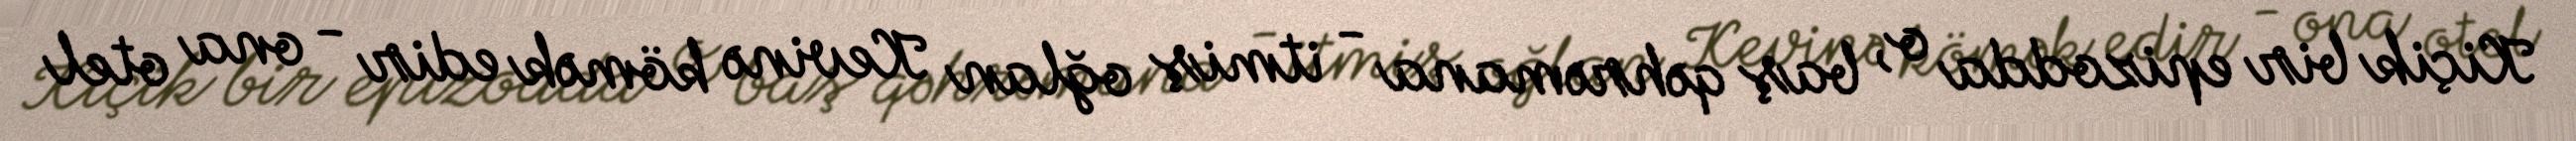
Kiçik bir epizodda o, baş qəhrəmana - itmiş oğlan Kevinə kömək edir - ona otel